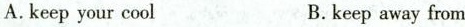
A.keep your cool B.keep away from